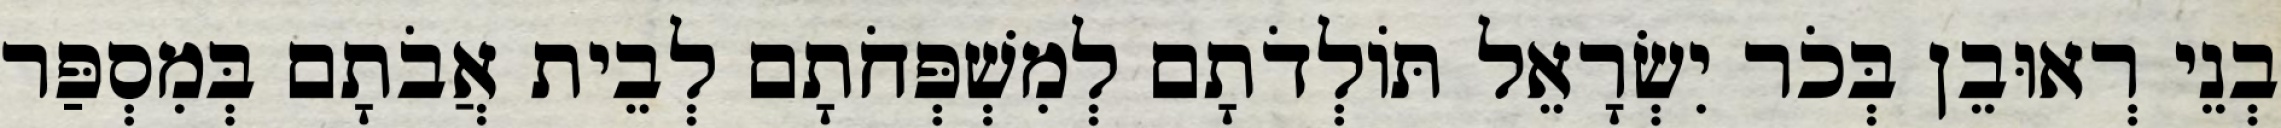
בְנֵי רְאוּבֵן בְּכֹר יִשְׂרָאֵל תּוֹלְדֹתָם לְמִשְׁפְּחֹתָם לְבֵית אֲבֹתָם בְּמִסְפַּר